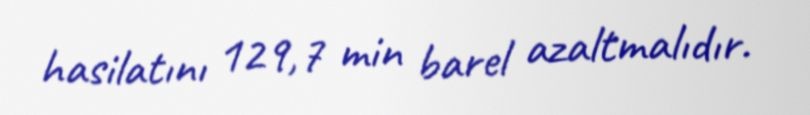
hasilatını 129,7 min barel azaltmalıdır.